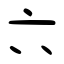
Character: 六